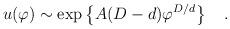
LaTeX: \begin{align*}u(\varphi)\sim\exp\left\{A(D-d)\varphi^{D/d}\right\}\quad.\end{align*}